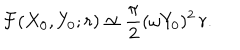
LaTeX: { \cal F } ( X _ { 0 } , Y _ { 0 } ; r ) \simeq \frac { \pi } { 2 } ( \omega Y _ { 0 } ) ^ { 2 } \, r .